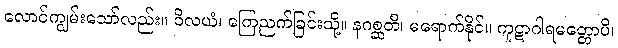
လောင်ကျွမ်းသော်လည်း။ ဝိလယံ၊ ကြေညက်ခြင်းသို့။ နဂစ္ဆတိ၊ မရောက်နိုင်။ ကူဋာဂါရမတ္တောပိ၊